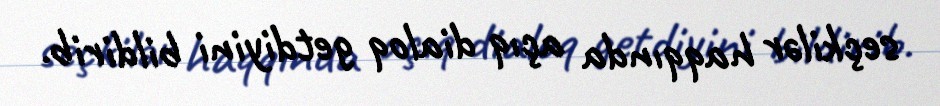
seçkilər haqqında açıq dialoq getdiyini bildirib.